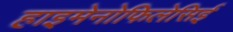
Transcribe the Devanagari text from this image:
हाइमेनोफिलेसिई